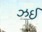
ઝઈ